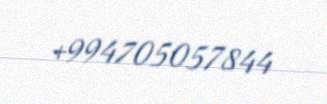
+994705057844